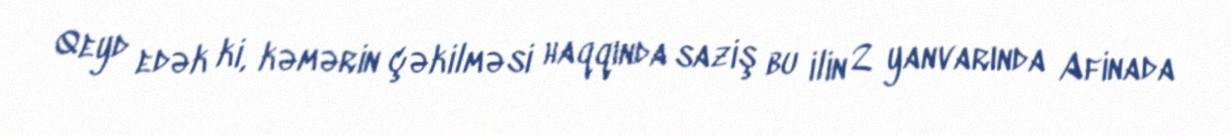
Qeyd edək ki, kəmərin çəkilməsi haqqında saziş bu ilin 2 yanvarında Afinada